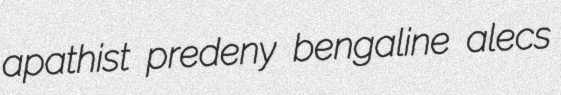
apathist predeny bengaline alecs